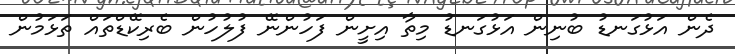
ދެން އަޅުގަނޑު ބުނިން އަޅުގަނޑު މިތާ އިށީން ފަހުންނޭ ފުލުހުން ބެރިކޭޑްތައް ތަޅަމުން